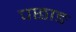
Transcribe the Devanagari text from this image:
पछाङ